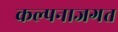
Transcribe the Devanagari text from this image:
कल्पनाजगत